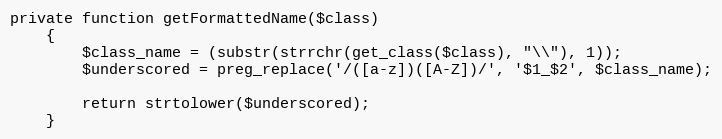
Language: PHP
private function getFormattedName($class)
    {
        $class_name = (substr(strrchr(get_class($class), "\\"), 1));
        $underscored = preg_replace('/([a-z])([A-Z])/', '$1_$2', $class_name);

        return strtolower($underscored);
    }